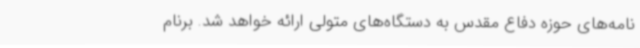
نامه‌های حوزه دفاع مقدس به دستگاه‌های متولی ارائه خواهد شد. برنام